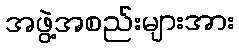
အဖွဲ့အစည်းများအား